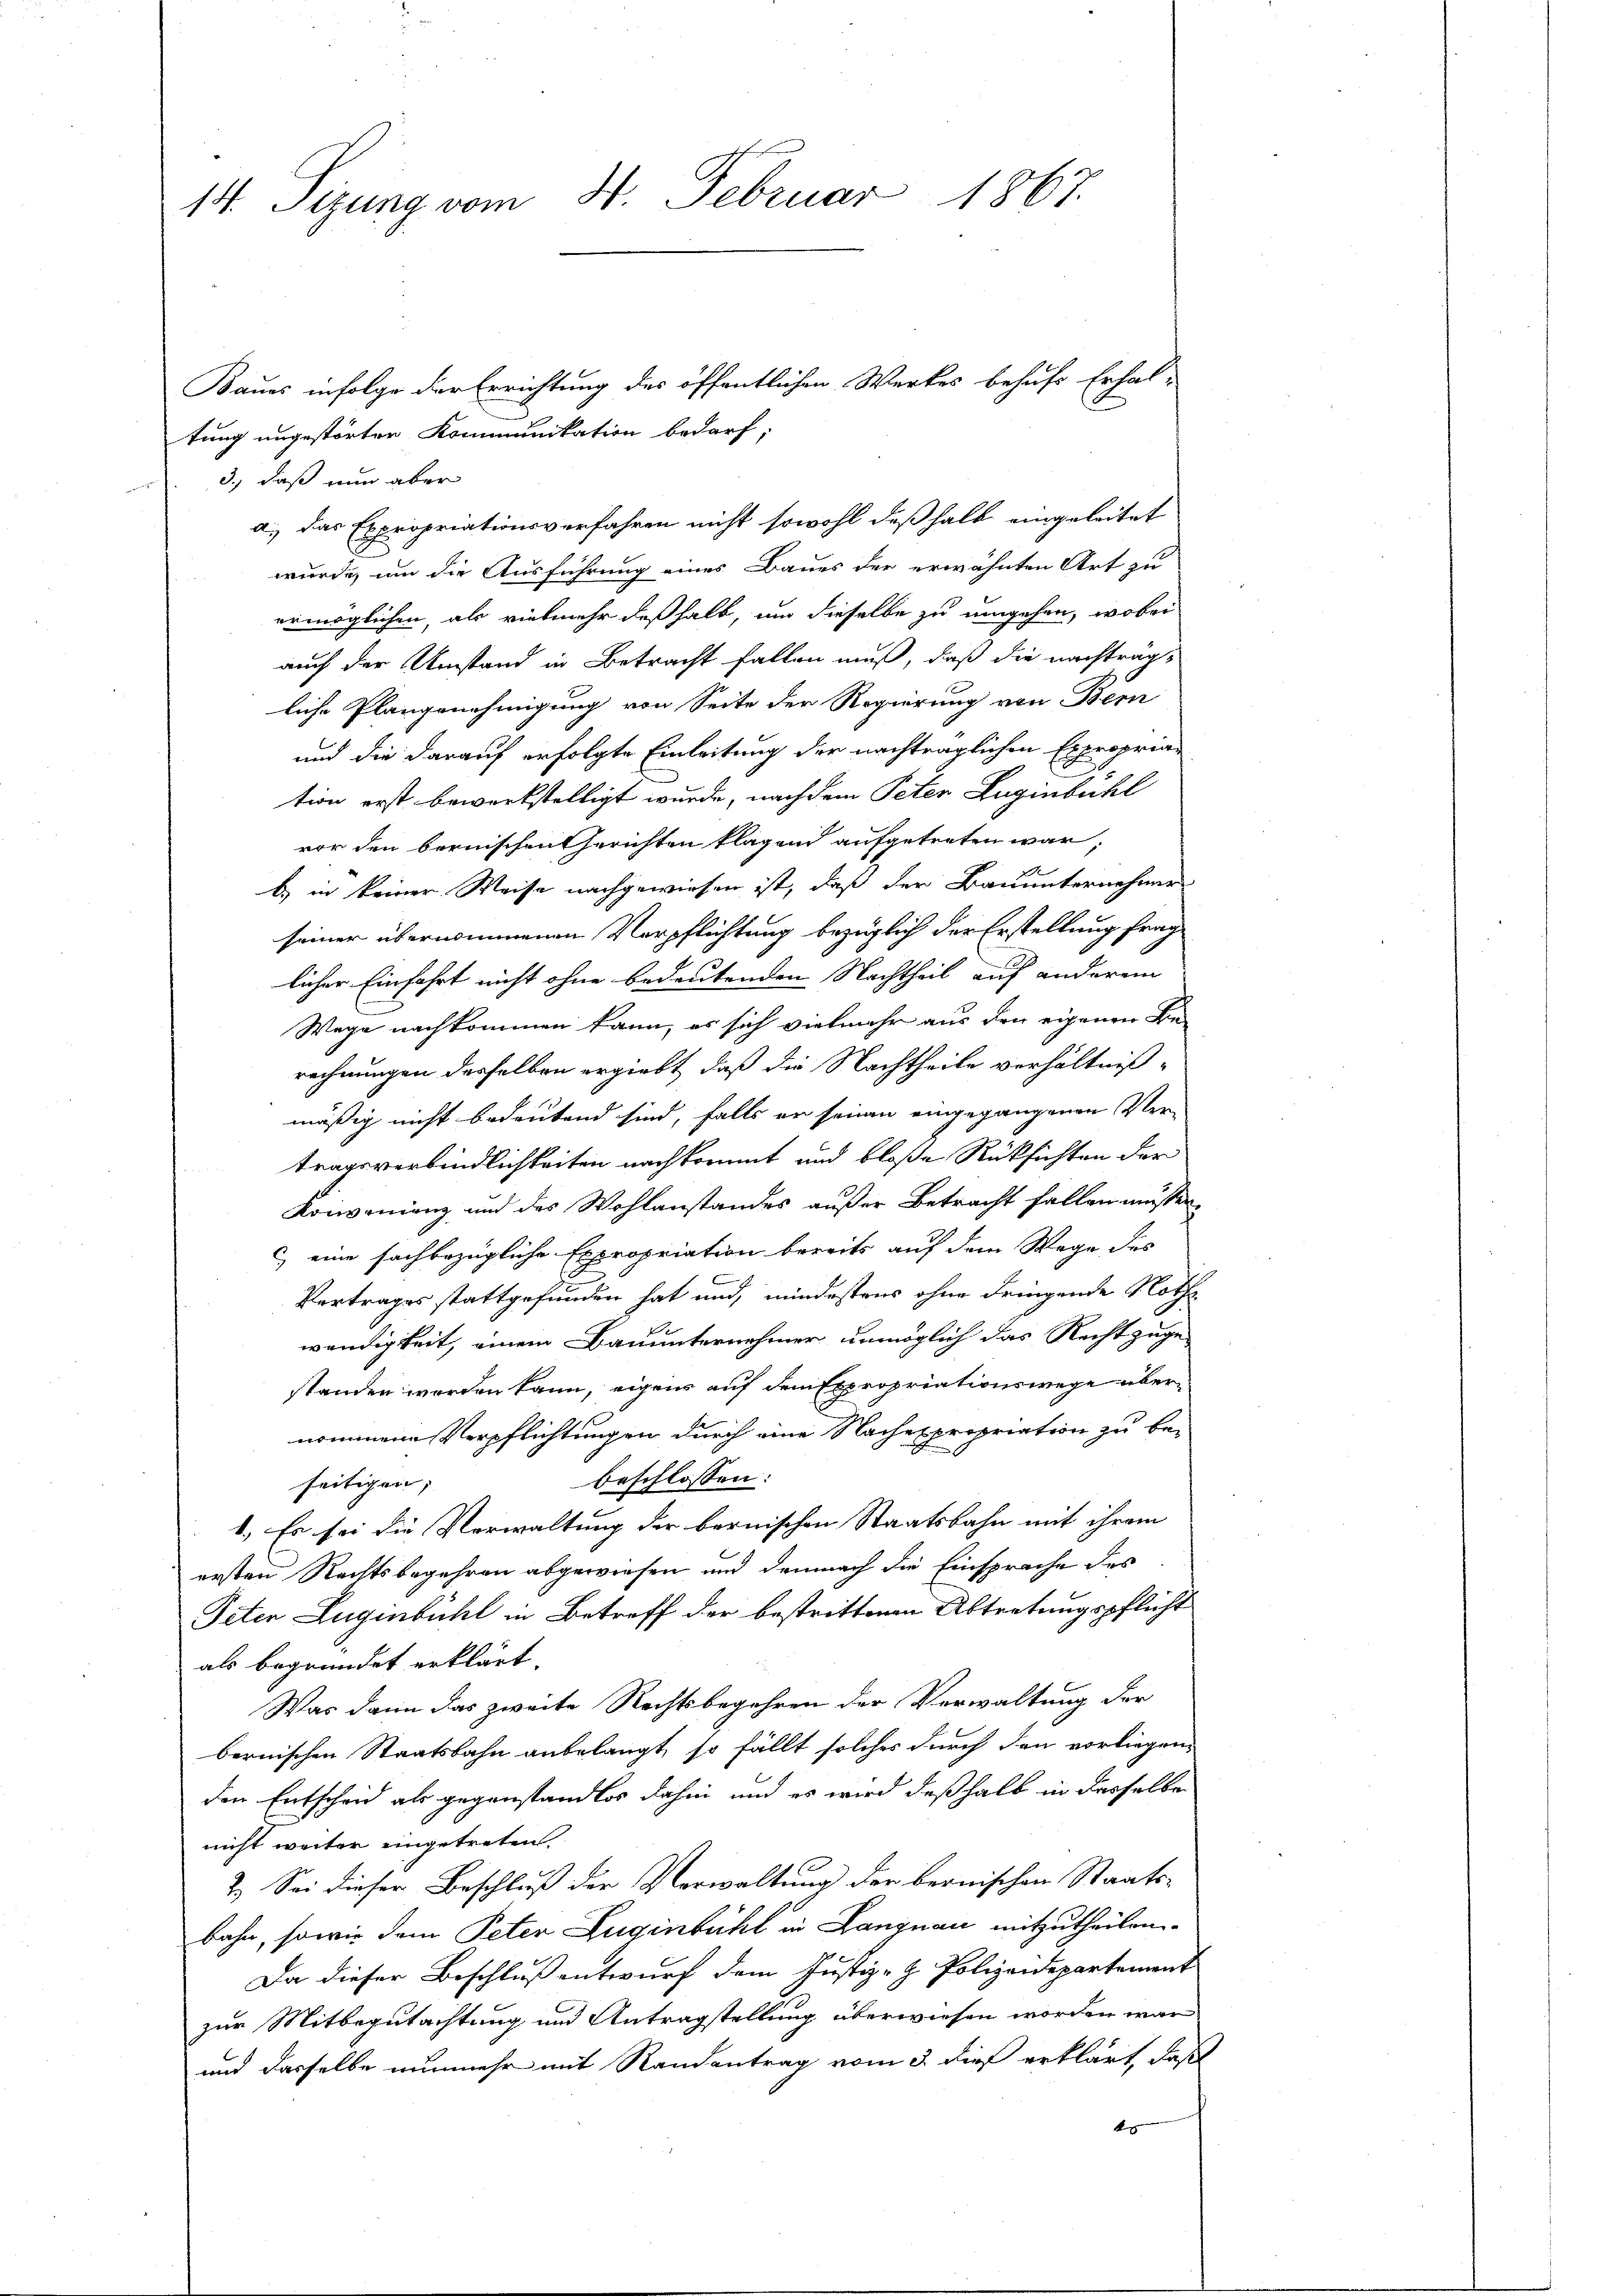
14. Tigung vom 4. Februar 1867.

3.) daß nun aber
wurde, um die Ausführung eines Baues der erwähnten Art zu
ermöglichen, als vielmehr deßhalb, um dieselbe zu umgehen, wobei
auch der Umstand in Betracht fallen muß, daß die nachträgliche Plangenehmigung von Seite der Regierung von Bern
und die darauf erfolgte Einleitung der nachträglichen Expropriation erst bewerkstelligt wurde, nach dem Peter Luginbühl
vor den bernischen Gerichten klagend aufgetreten war;
b.) in keiner Weise nachgewiesen ist, daß der Bauunternehme
seiner übernommenen Verpflichtung bezüglich der Erstellung frag
licher Einfahrt nicht ohne bedeutenden Nachtheil auf anderem
Wege nachkommen kann, es sich vielmehr aus den eigenen Be-
rechnungen desselben ergiebt, daß die Nachtheile verhältniß-
mäßig nicht bedeutend sind, falls er seinen eingegangenen Ver-
tragsverbindlichkeiten nachkommt und bloße Rücksichten der
Konvenienz und des Wohlanstandes außer Betracht fallen müssen
c) eine fachbezügliche Expropriation bereits auf dem Wege des
Vertrages stattgefunden hat und, mindestens ohne dringende Nothwendigkeit, einem Bauunternehmer unmöglich das Recht zuge
standen werden kann, eigens auf dem Expropriationswege übernommene Verpflichtungen durch eine Nachexpropriation zu be-
beschlossen:
seitigen, |
1.) Es sei die Verwaltung der bernischen Staatsbahn mit ihrem
ersten Rechtsbegehren abgewiesen und demnach die Einsprache des
Peten Zugenbühl in Betreff der bestrittenen Abtretungspflicht
als begründet erklärt.
Was dann das zweite Rechtsbegehren der Verwaltung der
bernischen Staatsbahn anbelangt, so fällt solches durch den vorliegen
den Entscheid als gegenstandlos dahin und es wird deßhalb in desselbe
nicht weiter eingetreten.
2.) Sei dieser Beschluß der Verwaltung der bernischen Staatsbahn, sowie dem Peter Zuginbühl in Langnau mitzutheilen
Da dieser Beschluß entwurf dem Justiz- & Polizeidepartement
zur Mitbegutachtung und Antragstellung überwiesen worden war
und dasselbe nunmehr mit Randantrag vom 3. dieß erklärt, daß
f

Baues infolge der Errichtung des öffentlichen Werkes behufs Erhal-
tung ungestörter Kommunikation bedarf;
a.) das Expropriationsverfahren nicht sowohl deßhalb eingeleitet